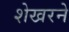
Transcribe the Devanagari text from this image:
शेखरने